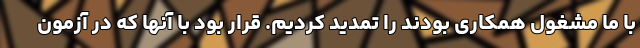
با ما مشغول همکاری بودند را تمدید کردیم. قرار بود با آنها که در آزمون